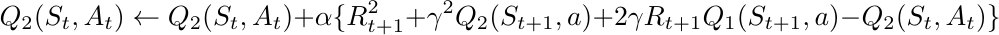
\begin{equation}
\nonumber
 Q_2(S_t,A_t) \leftarrow Q_2(S_t,A_t) + \alpha \{R_{t+1}^2 + \gamma^2  Q_2(S_{t+1}, a) +2\gamma R_{t+1}Q_1(S_{t+1}, a) - Q_2(S_t, A_t)\}
\end{equation}